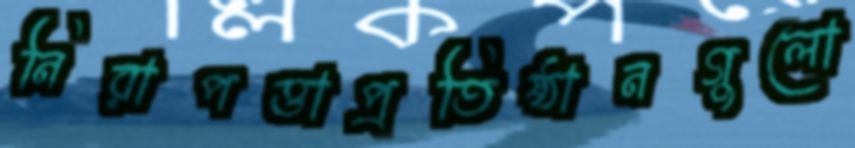
নিরাপত্তাপ্রতিষ্ঠানগুলো